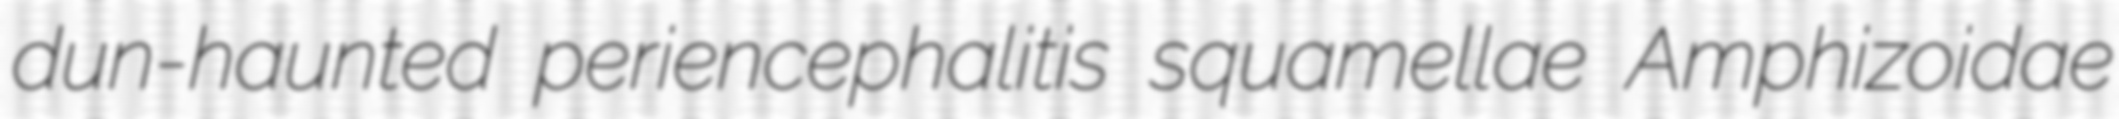
dun-haunted periencephalitis squamellae Amphizoidae